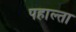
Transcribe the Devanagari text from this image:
पहाल्ता